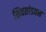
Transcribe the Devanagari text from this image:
शिवतांडवम